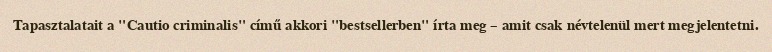
Tapasztalatait a "Cautio criminalis" című akkori "bestsellerben" írta meg – amit csak névtelenül mert megjelentetni.